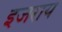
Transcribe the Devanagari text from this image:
इजराय